Plague in India, 1896, 1897 - Volume 1
Year: 1896
Disease focus: Plague
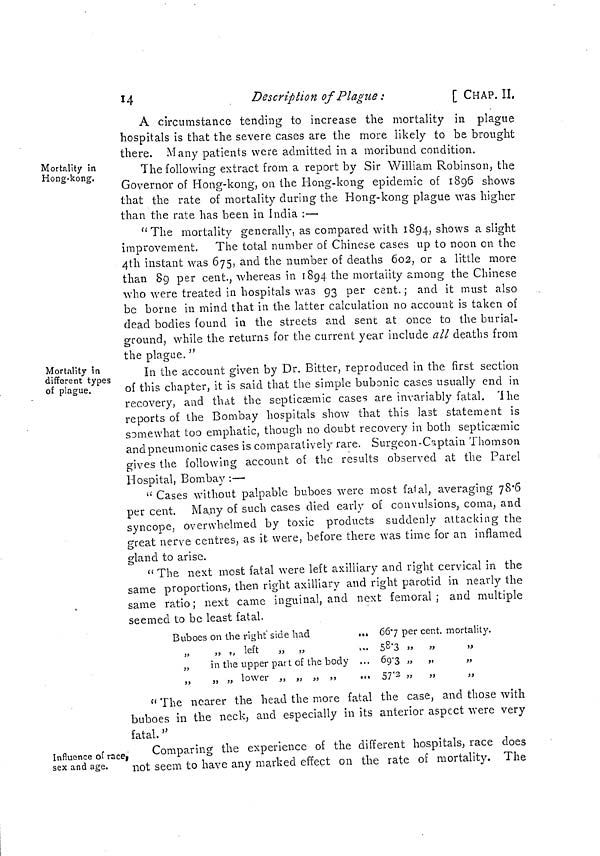
14
Description of Plague :
[ CHAP. II,
A circumstance tending to increase the mortality in plague
hospitals is that the severe cases are the more likely to be brought
there. Many patients were admitted in a moribund condition.
Mortality in
Hong-kong.
The following extract from a report by Sir William Robinson, the
Governor of Hong-kong, on the Hong-kong epidemic of 1896 shows
that the rate of mortality during the. Hong-kong plague was higher
than the rate has been in India :—
"The mortality generally, as compared with 1894, shows a slight
improvement. The total number of Chinese cases up to noon on the
4th instant was 675, and the number of deaths 602, or a little more
than 89 per cent., whereas in 1894 the mortality among the Chinese
who were treated in hospitals was 93 per cent. ; and it must also
be borne in mind that in the latter calculation no account is taken of
dead bodies found in the streets and sent at once to the burial-
ground, while the returns for the current year include all deaths from
the plague. "
Mortality in
different types
of plague.
In the account given by Dr. Bitter, reproduced in the first section
of this chapter, it is said that the simple bubonic cases usually end in
recovery, and that the septicæmic cases are invariably fatal. The
reports of the Bombay hospitals show that this last statement is
somewhat too emphatic, though no doubt recovery in both septicæmic
and pneumonic cases is comparatively rare. Surgeon-Captain Thomson
gives the following account of the results observed at the Parel
Hospital, Bombay :—
" Cases without palpable buboes were most fatal, averaging 78 6
per cent. Many of such cases died early of convulsions, coma, and
syncope, overwhelmed by toxic products suddenly attacking the
great nerve centres, as it were, before there was time for an inflamed
gland to arise.
" The next most fatal were left axilliary and right cervical in the
same proportions, then right axilliary and right parotid in nearly the
same ratio; next came inguinal, and next femoral; and multiple
seemed to be least fatal.
Buboes on the right side had
...
„
„ ,, left
„ „
...
„
in the upper part of the body ...
„ ,, ,, lower „ „ „ „
66 7 per cent. mortality.
58 3
,,
,,
,,
69 3 ,, ,, ,,
57 2 „ „
„
" The nearer the head the more fatal the case, and those with
buboes in the neck, and especially in its anterior aspect were very
fatal. "
Influence of race,
sex and age.
Comparing the experience of the different hospitals, race does
not seem to have any marked effect on the rate of mortality. The